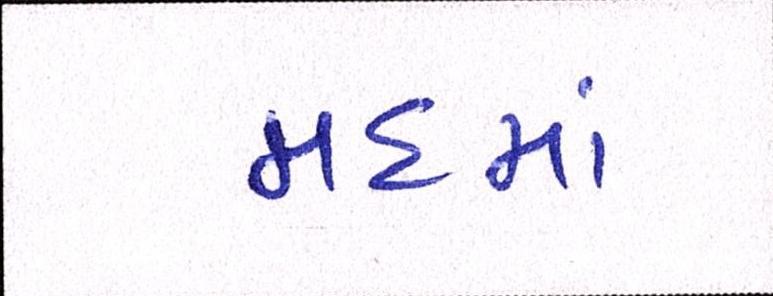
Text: મદમાં